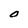
Character: O